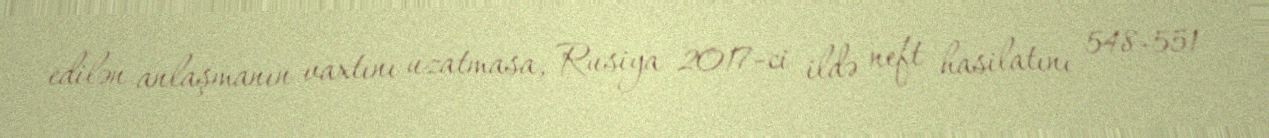
edilən anlaşmanın vaxtını uzatmasa, Rusiya 2017-ci ildə neft hasilatını 548-551